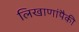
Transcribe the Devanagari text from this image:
लिखाणांपैकी